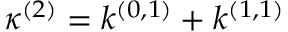
\kappa ^ { ( 2 ) } = k ^ { ( 0 , 1 ) } + k ^ { ( 1 , 1 ) }